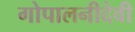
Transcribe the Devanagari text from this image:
गोपालनीदेवी